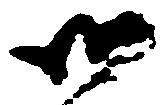
御